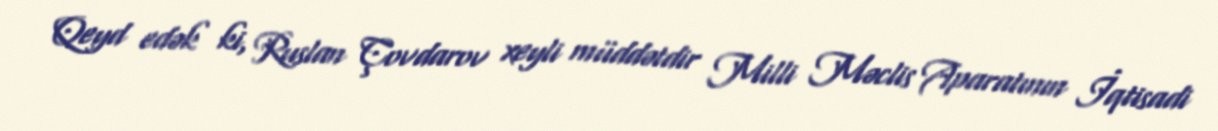
Qeyd edək ki, Ruslan Çovdarov xeyli müddətdir Milli Məclis Aparatının İqtisadi